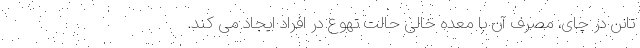
تانن در چای، مصرف آن با معده خالی حالت تهوع در افراد ایجاد می کند.